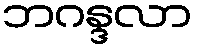
ဘဂန္ဒလာ